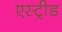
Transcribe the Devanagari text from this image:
एस्ट्रीड